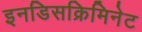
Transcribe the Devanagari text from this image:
इनडिसक्रिमिनेट